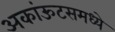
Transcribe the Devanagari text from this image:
अकांऊटसमध्ये